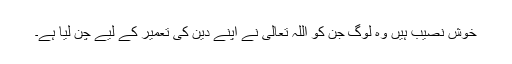
خوش نصیب ہیں وہ لوگ جن کو اللہ تعالیٰ نے اپنے دین کی تعمیر کے لیے چن لیا ہے۔